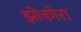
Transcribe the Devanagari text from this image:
झोकोरा